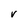
Character: V